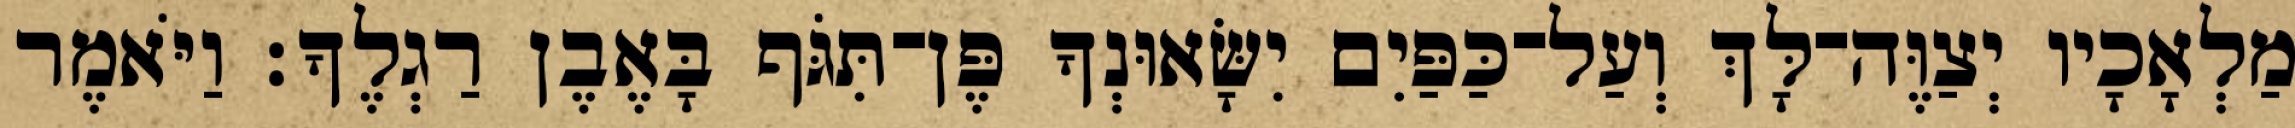
מַלְאָכָיו יְצַוֶּה־לָּךְ וְעַל־כַּפַּיִם יִשָּׂאוּנְךָ פֶּן־תִּגֹּף בָּאֶבֶן רַגְלֶךָ׃ וַיֹּאמֶר